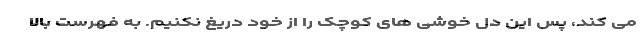
می کند، پس این دل خوشی های کوچک را از خود دریغ نکنیم. به فهرست بالا